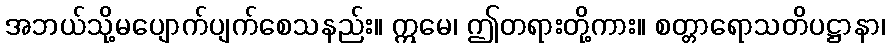
အဘယ်သို့မပျောက်ပျက်စေသနည်း။ ဣမေ၊ ဤတရားတို့ကား။ စတ္တာရောသတိပဋ္ဌာနာ၊